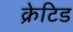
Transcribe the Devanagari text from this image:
क्रेटिड